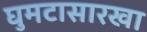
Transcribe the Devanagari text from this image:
घुमटासारखा